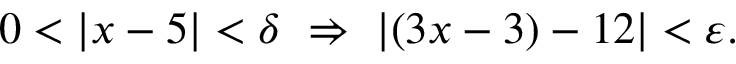
0 < | x - 5 | < \delta \ \Rightarrow \ | ( 3 x - 3 ) - 1 2 | < \varepsilon .